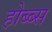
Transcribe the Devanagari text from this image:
होब्ब्स